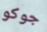
جوكو